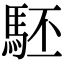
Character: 駓